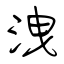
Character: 洩